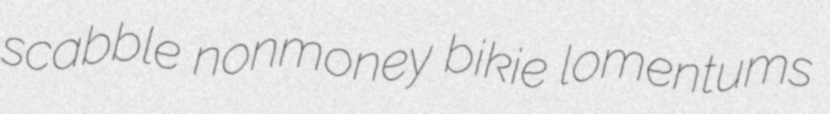
scabble nonmoney bikie lomentums